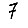
Digit: 7